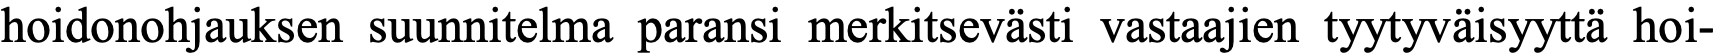
hoidonohjauksen suunnitelma paransi merkitsevästi vastaajien tyytyväisyyttä hoi-